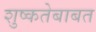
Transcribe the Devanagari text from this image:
शुष्कतेबाबत